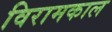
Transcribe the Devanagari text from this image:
विरामकाल